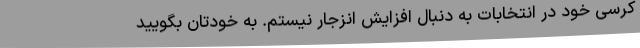
کرسی خود در انتخابات به دنبال افزایش انزجار نیستم. به خودتان بگویید